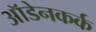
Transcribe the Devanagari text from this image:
ऑडेनकर्क